Insane asylums Bombay 1873-77 - 1873-1877
Year: 1873
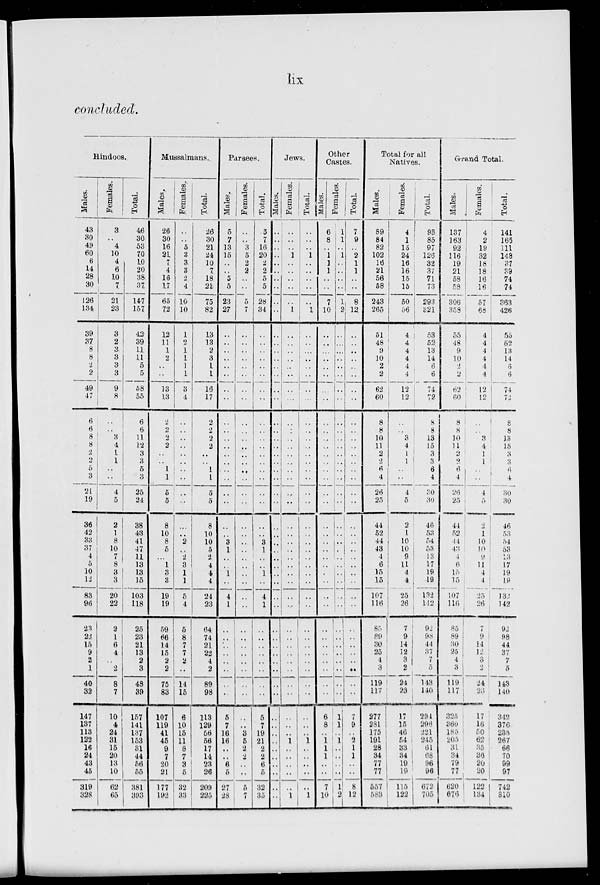
lix
concluded.
Hindoos.
Males.
43
30
49
60
6
14
28
30
126
134
39
37
8
8
2
2
49
47
6
6
8
8
2
2
5
3
21
19
36
42
33
37
4
5
10
12
83
96
23
22
15
9
2
1
40
32
147
137
113
122
16
24
43
45
319
328
Females.
3
..
4
10
4
6
10
7
21
23
3
2
3
3
3
3
9
8
..
..
3
4
1
1
..
..
4
5
2
1
8
10
7
8
3
3
20
22
2
1
6
4
..
2
8
7
10
4
24
31
15
20
13
10
62
65
Total.
46
30
53
70
10
20
38
37
147
157
42
39
11
11
5
5
58
55
6
6
11
12
3
3
5
3
25
24
38
43
41
47
11
13
13
15
103
118
25
23
21
13
2
3
48
39
157
141
137
153
31
44
56
55
381
393
Mussalmans.
Males.
26
30
16
21
7
4
16
17
65
72
12
11
1
2
..
..
13
13
2
2
2
2
..
..
1
1
5
5
8
10
8
5
..
1
3
3
19
19
59
66
14
15
2
2
75
83
107
119
41
45
9
7
20
21
177
192
Females.
..
..
5
3
3
3
2
4
10
10
1
2
1
1
1
1
3
4
1
..
..
..
..
..
..
..
..
..
..
..
2
..
2
3
1
1
5
4
5
8
7
7
2
..
14
15
6
10
15
11
8
7
3
5
32
33
Total.
26
30
21
24
10
7
18
21
75
82
13
13
2
3
1
1
16
17
2
2
2
2
..
..
1
1
5
5
8
10
10
5
2
4
4
4
24
23
64
74
21
22
4
2
89
98
113
129
56
56
17
14
23
26
209
225
Parsees.
Males.
5
7
13
15
..
..
5
5
23
27
..
..
..
..
..
..
..
..
..
..
..
..
..
..
..
..
..
..
..
..
3
1
..
..
1
..
4
1
..
..
..
..
..
..
..
..
5
7
16
16
..
..
6
5
27
28
Females.
..
..
3
5
2
2
..
..
5
7
..
..
..
..
..
..
..
..
..
..
..
..
..
..
..
..
..
..
..
..
..
..
..
..
..
..
..
..
..
..
..
..
..
..
..
..
..
..
3
5
2
2
..
..
5
7
Total.
5
7
16
20
2
2
5
5
28
34
..
..
..
..
..
..
..
..
..
..
..
..
..
..
..
..
..
..
..
..
3
1
..
..
1
..
4
1
..
..
..
..
..
..
..
..
5
7
19
21
2
2
6
..
32
35
Jews.
Males.
..
..
..
..
..
..
..
..
..
..
..
..
..
..
..
..
..
..
..
..
..
..
..
..
..
..
..
..
..
..
..
..
..
..
..
..
..
..
..
..
..
..
..
..
..
..
..
..
..
..
..
..
..
..
..
..
Females.
..
..
..
1
..
..
..
..
..
1
..
..
..
..
..
..
..
..
..
..
..
..
..
..
..
..
..
..
..
..
..
..
..
..
..
..
..
..
..
..
..
..
..
..
..
..
..
..
..
1
..
..
..
..
..
1
Total.
..
..
..
1
..
..
..
..
..
1
..
..
..
..
..
..
..
..
..
..
..
..
..
..
..
..
..
..
..
..
..
..
..
..
..
..
..
..
..
..
..
..
..
..
..
..
..
..
..
1
..
..
..
..
..
1
Other
Castes.
Males.
6
8
..
1
1
1
..
..
7
10
..
..
..
..
..
..
..
..
..
..
..
..
..
..
..
..
..
..
..
..
..
..
..
..
..
..
..
..
..
..
..
..
..
..
..
..
6
8
..
1
1
1
..
..
7
10
Females.
1
1
..
1
..
..
..
..
1
2
..
..
..
..
..
..
..
..
..
..
..
..
..
..
..
..
..
..
..
..
..
..
..
..
..
..
..
..
..
..
..
..
..
..
..
..
1
1
..
1
..
..
..
..
1
2
Total.
7
9
..
2
1
1
..
..
8
12
..
..
..
..
..
..
..
..
..
..
..
..
..
..
..
..
..
..
..
..
..
..
..
..
..
..
..
..
..
..
..
..
..
..
..
..
7
9
..
2
1
1
..
..
8
12
Total for all
Natives.
Males.
89
84
82
102
16
21
56
58
243
265
51
48
9
10
2
2
62
60
8
8
10
11
2
2
6
4
26
25
44
52
44
43
4
6
15
15
107
116
85
89
30
25
4
3
119
117
277
281
175
191
28
34
77
77
557
583
Females.
4
1
15
24
16
16
15
15
50
56
4
4
4
4
4
4
12
12
..
..
3
4
1
1
..
..
4
5
2
1
10
10
9
11
4
4
25
26
7
9
14
12
3
2
24
23
17
15
46
54
33
34
19
19
115
122
Total.
93
85
97
126
32
37
71
73
293
321
53
52
13
14
6
6
74
72
8
8
13
15
3
3
6
4
30
30
46
53
54
53
13
17
19
19
132
112
92
98
44
37
7
5
143
140
294
296
221
245
61
68
96
96
672
705
Grand Total.
Males.
137
163
92
116
19
21
58
58
306
358
55
48
9
10
2
2
62
60
8
8
10
11
2
2
6
4
26
25
44
52
44
43
4
6
15
15
107
116
85
89
30
25
4
3
119
117
325
360
185
205
31
34
79
77
620
676
Females.
4
2
19
32
18
18
16
16
57
68
4
4
4
4
4
4
12
12
..
..
3
4
1
1
..
..
4
5
2
1
10
10
9
11
4
15
25
26
7
9
14
12
3
2
24
23
17
16
50
62
35
36
20
20
122
134
Total.
141
165
111
148
37
39
74
74
363
426
55
52
13
14
6
6
74
72
8
8
13
15
3
3
6
4
30
30
46
53
54
53
13
17
19
19
132
142
92
98
44
37
7
5
143
140
342
376
235
267
66
70
99
97
742
810